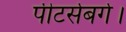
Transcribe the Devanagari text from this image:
पीटर्सबर्ग।